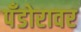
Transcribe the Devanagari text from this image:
पँडोरावर